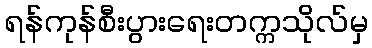
ရန်ကုန်စီးပွားရေးတက္ကသိုလ်မှ